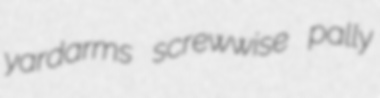
yardarms screwwise pally